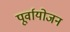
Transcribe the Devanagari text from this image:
पूर्वायोजन